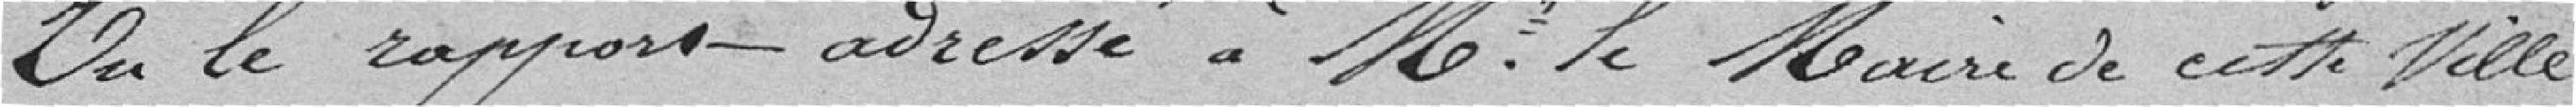
Vu le rapport adressé à Mr. le Maire de cette Ville